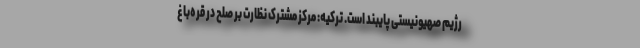
رژیم صهیونیستی پایبند است. ترکیه: مرکز مشترک نظارت بر صلح در قره‌باغ